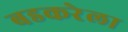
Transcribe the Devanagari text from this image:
बडकरेला